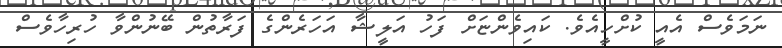
ނަމަވެސް އެއީ ކުށްހީއެވެ. ކައިވެންޏަށް ފަހު އަލީޝާ އަހަރެންގެ ފަރާތުން ބޭނުންވާ ހުރިހާވެސް